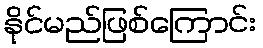
နိုင်မည်ဖြစ်ကြောင်း